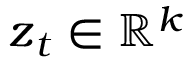
\boldsymbol { z } _ { t } \in \mathbb { R } ^ { k }